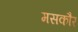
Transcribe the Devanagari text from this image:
मसकौर